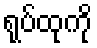
ရုပ်ထုကို